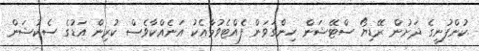
.ކުންފުނީގެ ދަށުން ރޭޑިޔޯ ސްޓޭޝަން ހިންގަވަން ފެއްޓެވުމާއެކު އަނެއްކާވެސް ކުރިން އަޑުގެ ސެކުޝަން